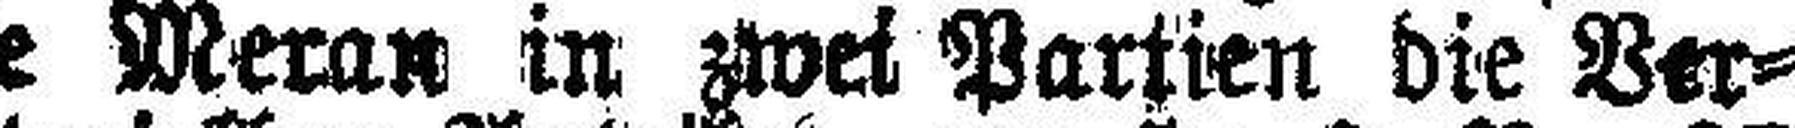
heim Bezirksgerichte Meran in zwei Partien die Ver¬